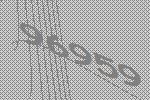
96959